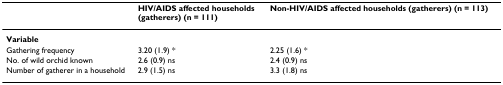
<table><thead><tr><td></td><td><b>HIV/AIDS affected households (gatherers) (n = 111)</b></td><td><b>Non-HIV/AIDS affected households (gatherers) (n = 113)</b></td></tr></thead><tbody><tr><td><b>Variable</b></td><td></td><td></td></tr><tr><td>Gathering frequency</td><td>3.20 (1.9) *</td><td>2.25 (1.6) *</td></tr><tr><td>No. of wild orchid known</td><td>2.6 (0.9) ns</td><td>2.4 (0.9) ns</td></tr><tr><td>Number of gatherer in a household</td><td>2.9 (1.5) ns</td><td>3.3 (1.8) ns</td></tr></tbody></table>